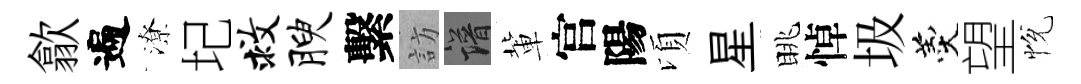
歙遍潦圮救腴繫訪譜軰官陽頃星眺悼圾羹望恱